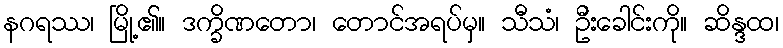
နဂရဿ၊ မြို့၏။ ဒက္ခိဏတော၊ တောင်အရပ်မှ။ သီသံ၊ ဦးခေါင်းကို။ ဆိန္ဒထ၊